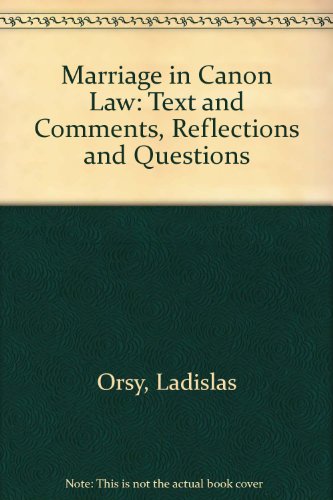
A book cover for Marriage in Canon Law: Text and Comments, Reflections and Questions; Ladislas Orsy; Law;